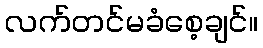
လက်တင်မခံစေ့ချင်။